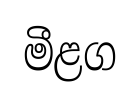
මීළග